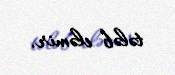
tələb eləmir.